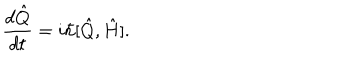
\frac { d \hat { Q } } { d t } = i \hbar [ \hat { Q } , \hat { H } ] .